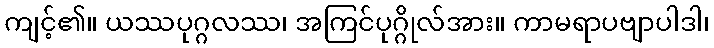
ကျင့်၏။ ယဿပုဂ္ဂလဿ၊ အကြင်ပုဂ္ဂိုလ်အား။ ကာမရာပဗျာပါဒါ၊